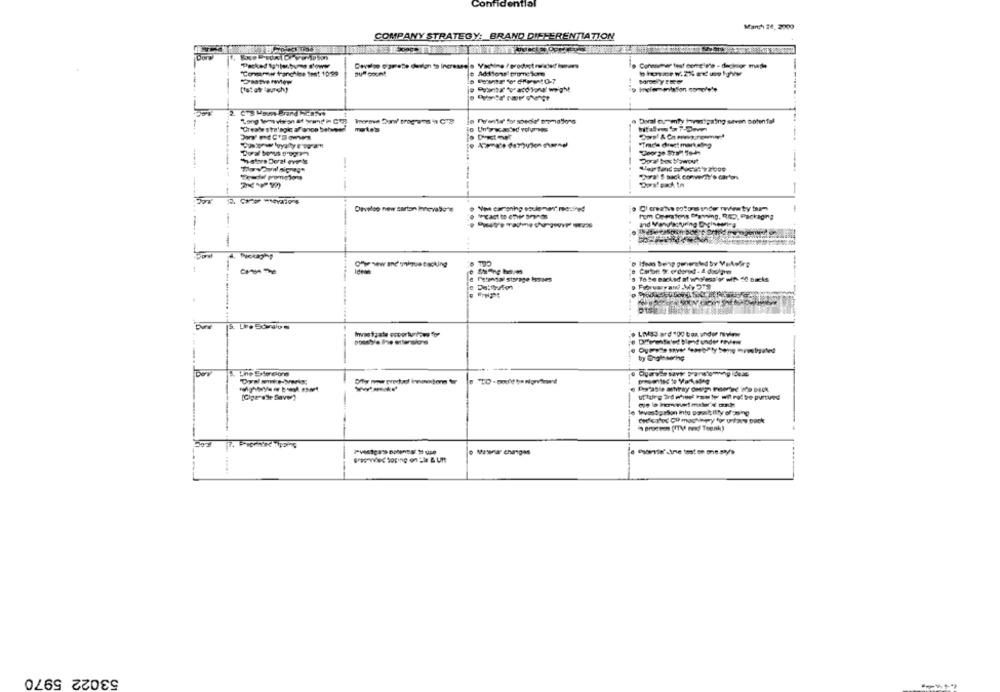
Confide
March 26, 2009
COMPANY STRATEGY: BRAND DIFFERENTIATION
Connueme test correlate - diginigr made
Convemw franchise feet 1099
Addtons prome som
[tat af launch)
o Inelementafon complete
Doral oumenty Investigaing seven Doten fal
Mital ... 5
"Creale stra'sgic a/ance bohsedi
Un'y wcasted volumes
Shstore Doral events
Develop new sarton Innevalle's
rom Cematons Canning, RED, Packaging
-
...
Ofte ww and unique backing
--
Tobe Backed at wwless v with: 50 Backs
----
[Gigerste favw)
* Brocon (ITM end Teenk)
Free-Tec toping on -le & URt
53022 5970